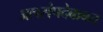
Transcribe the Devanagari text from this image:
जलसंपदेबाबत